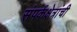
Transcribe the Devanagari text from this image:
संपर्कक्षेत्रांची